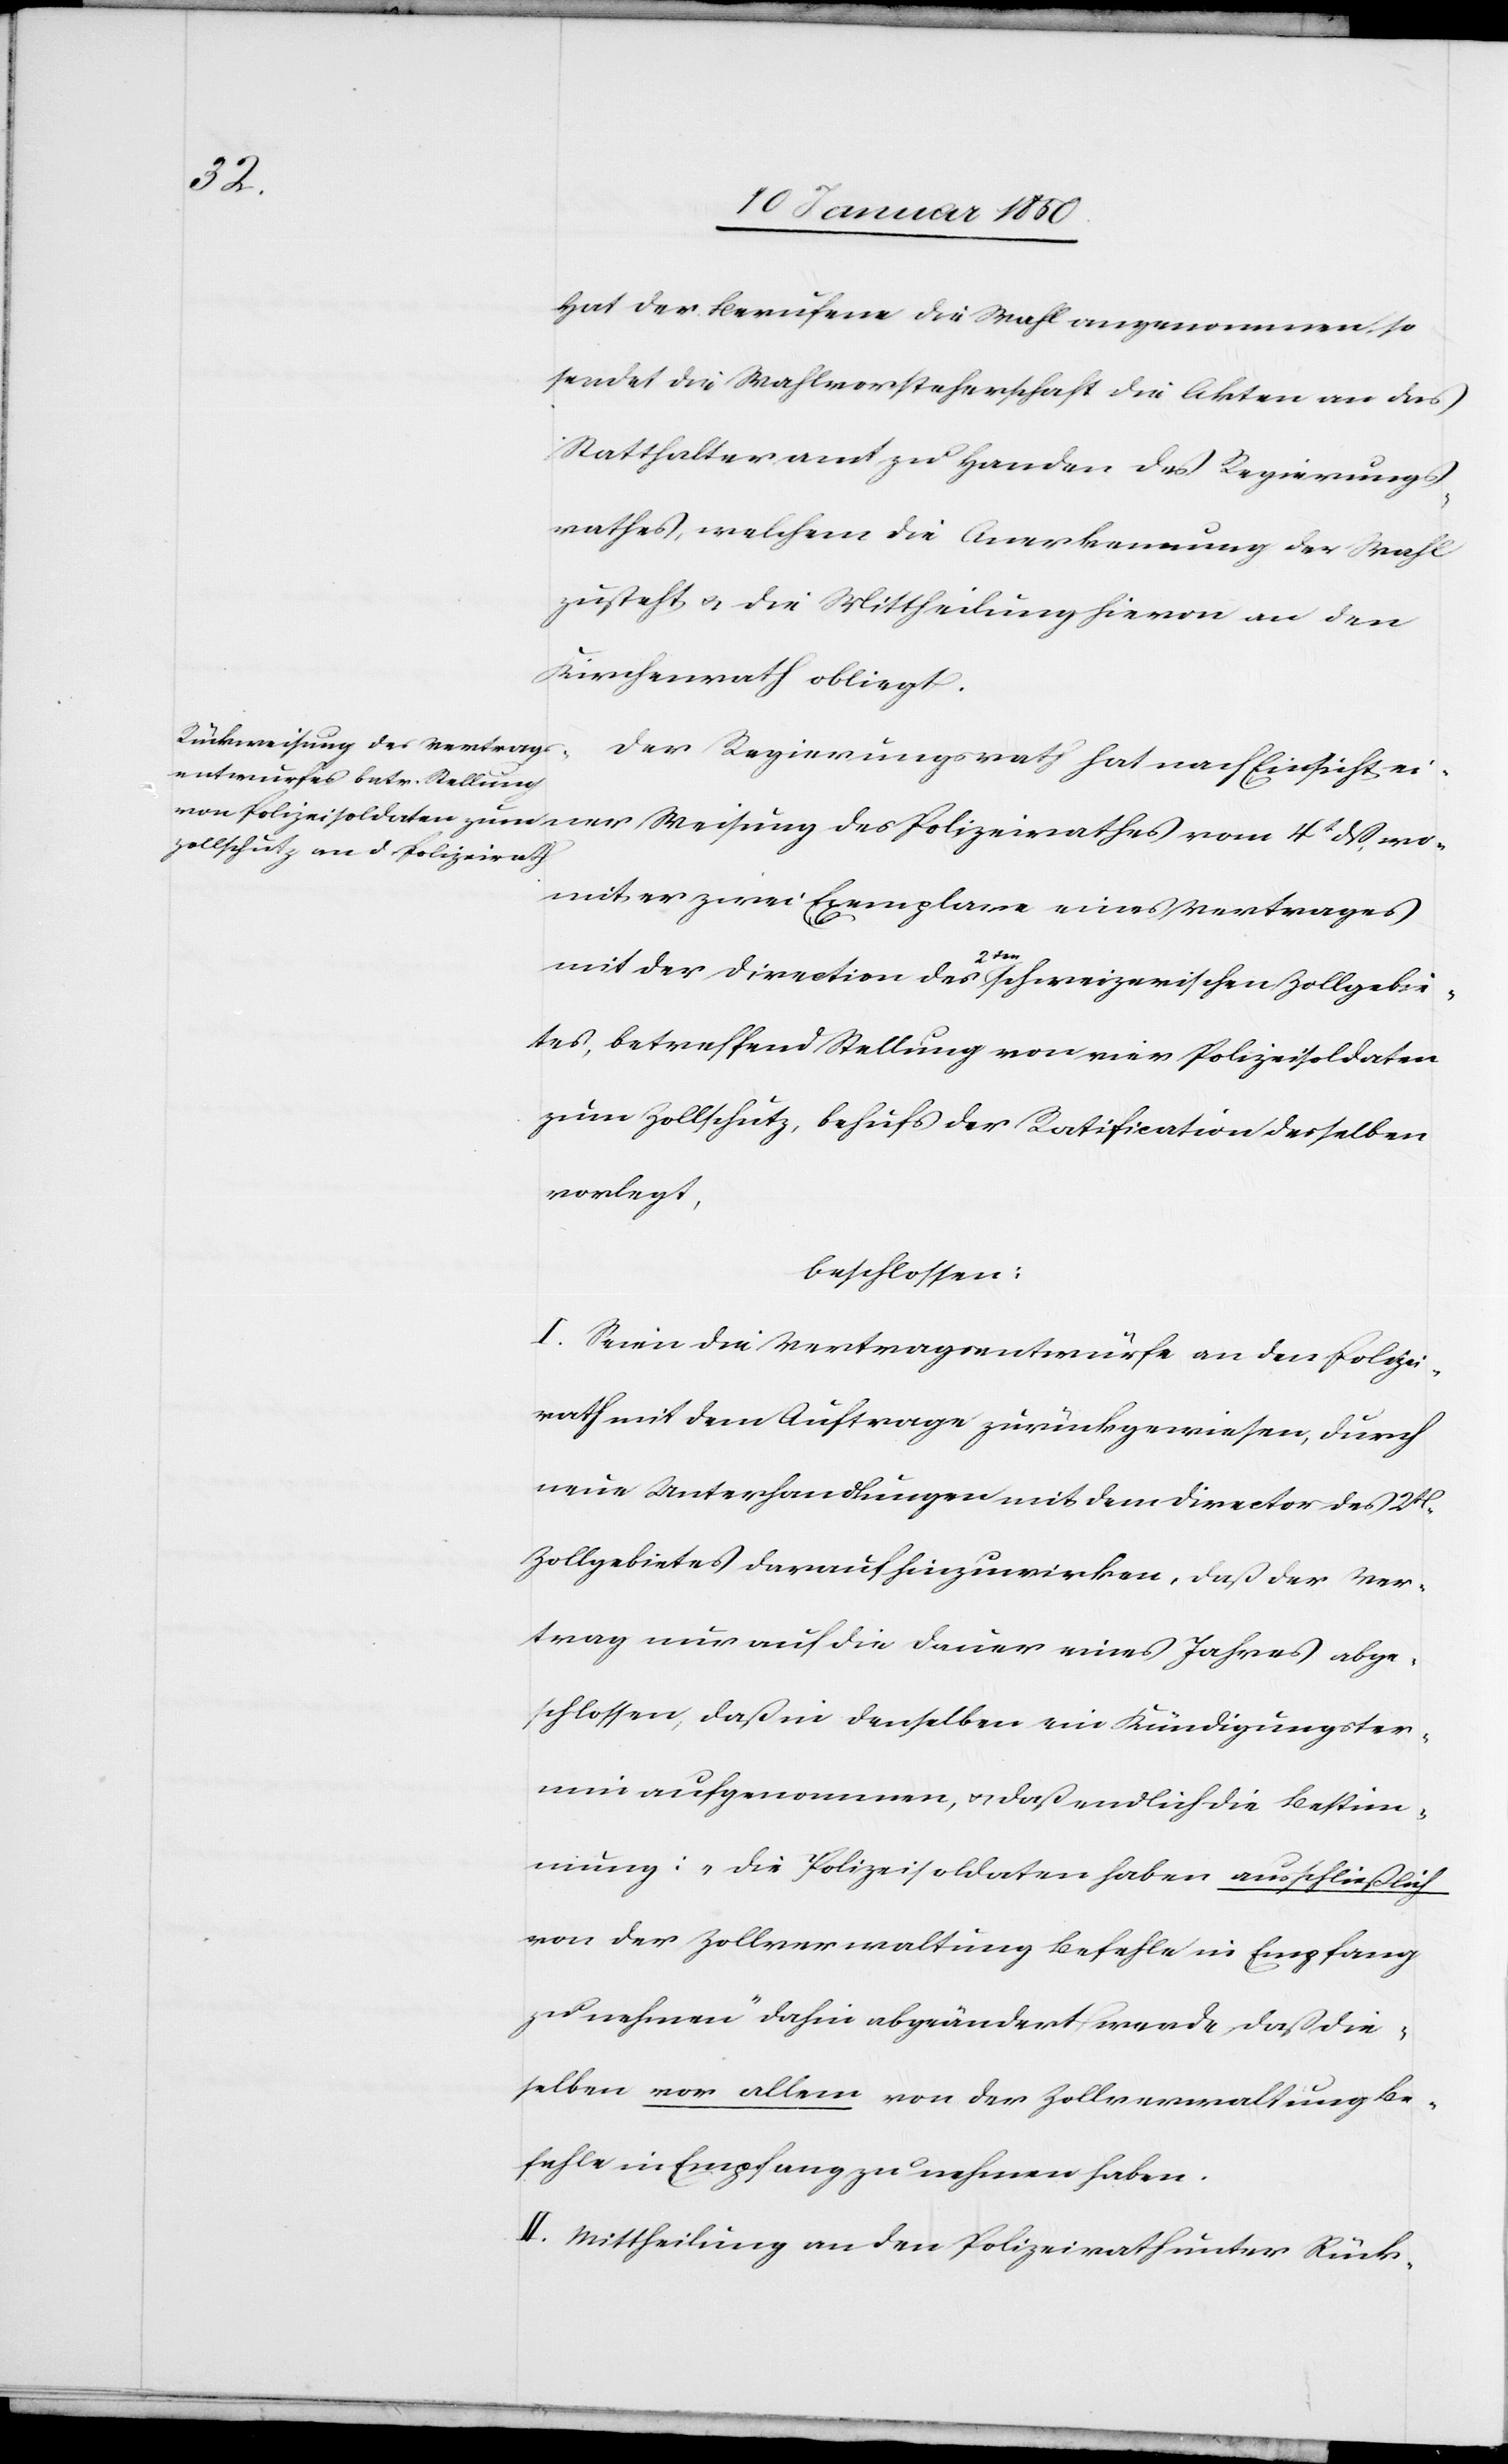
Hat der Berufene die Wahl angenommen, so
sendet die Wahlvorsteherschaft die Akten an das
Statthalteramt zu Handen des Regierungs¬
rathes, welchem die Anerkennung der Wahl
zusteht u. die Mittheilung hievon an den
Kirchenrath obliegt.
Der Regierungsrath hat nach Einsicht ei¬
mit er zwei Exemplare eines Vertrages
wo¬
mit der Direction des 2ten schweizerischen Zollgebie¬
tes, betreffend Stellung von vier Polizeisoldaten
zum Zollschutz, behufs der Ratification desselben
vorlegt,
beschlossen:
I. Seien die Vertragsentwürfe an den Polizei¬
rath mit dem Auftrage zurückgewiesen, durch
neue Unterhandlungen mit dem Director des 2[ten]
Zollgebietes darauf hinzuwirken, daß der Ver¬
trag nur auf die Dauer eines Jahres abge¬
schlossen, daß in denselben ein Kündigungster¬
min aufgenommen, u. daß endlich die Bestim¬
mung: „die Polizeisoldaten haben ausschließlich
von der Zollverwaltung Befehle in Empfang
zu nehmen“ dahin abgeändert werde, daß die¬
selben vor allem von der Zollverwaltung Be¬
fehle in Empfang zu nehmen haben.
II. Mittheilung an den Polizeirath unter Rück-